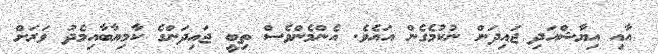
އާއި އިޔާޝްއަދި ޖައިދަން ނުކުމެގެން އައެވެ. އެންމެންވެސް ތިބީ ޖައިދަންގެ ކާމިޔާބާއިމެދު ވަރަށް